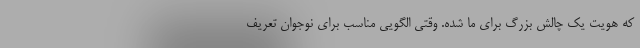
که هویت یک چالش بزرگ برای ما شده. وقتی الگویی مناسب برای نوجوان تعریف